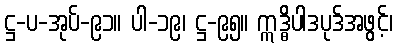
ဋ္ဌ-ပ-အုပ်-၉၁။ ပါ-၁၉၊ ဋ္ဌ-၉၅။ ဣဒ္ဓိပါဒပုဒ်အဖွင့်၊